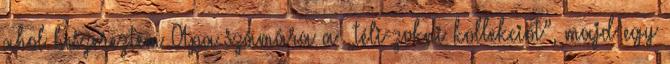
ahol beszereztem Apa számára a „téli-zokni kollekciót”, majd egy